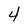
Character: 4